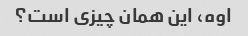
اوه، این همان چیزی است؟